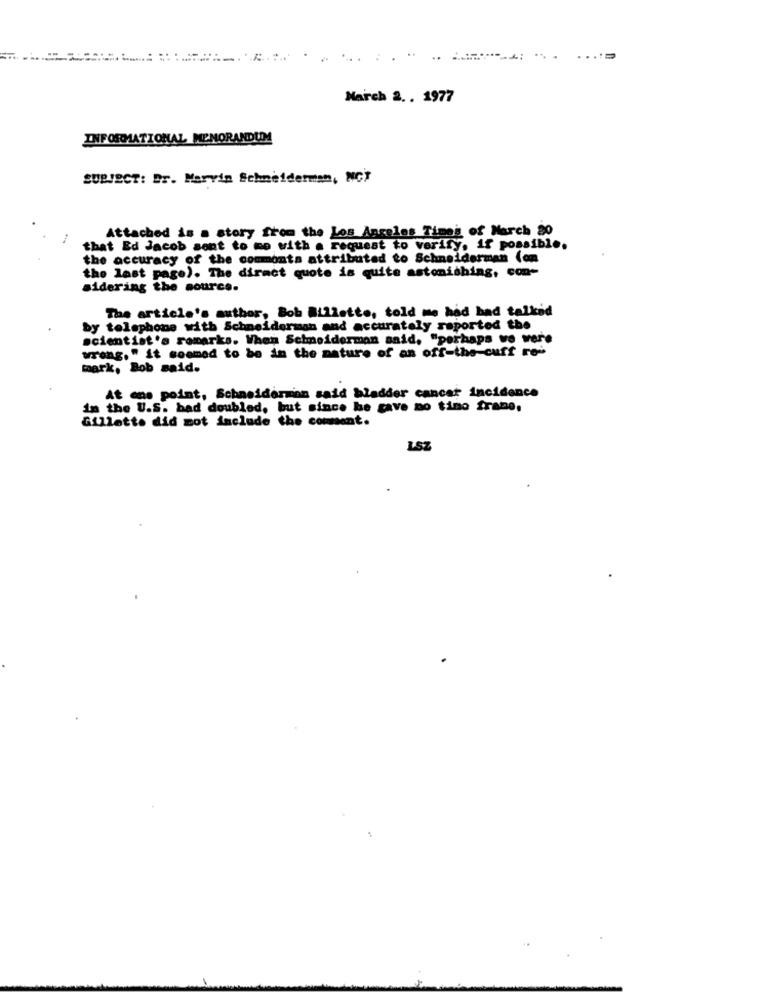
..
March 2 .. 1977
INFORMATIONAL MEMORANDUM
SUBJECT: Dr. Mervin Schneiderman, NCT
Attached is a story from the Los Angeles Times of March 20
that Ed Jacob sont to me with a request to verify, if possible.
the accuracy of the commonts attributed to Schneiderman (om
the last page). The diract quote is quite astonishing, con-
sidering the source.
The article's author, Bob Billetto, told me had had talked
by telephone with Schneiderman and accurately reported the
scientist's romarks. When Schneiderman said, "perhaps we were
wrong. " it soomed to be in the nature of an off-the-cuff rei
mark, Bob said.
At one point, Schneiderman said bladder cancer incidence
In the U.S. bad doubled, but since he gave mo tino frane,
Gillette did not include the comment.
LSZ